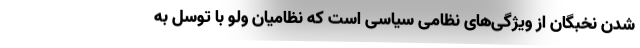
شدن نخبگان از ویژگی‌های نظامی سیاسی است که نظامیان ولو با توسل به